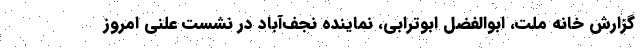
گزارش خانه ملت، ابوالفضل ابوترابی، نماینده نجف‌آباد در نشست علنی امروز